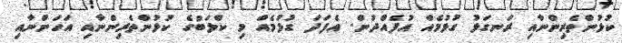
ކުޅުންތެރިންނާއި ރަނގަޅު ގުޅުމެއް އުފެއްދުން. އެފަދަ ގުޅުމެއް މި ކްލަބުގެ ކުޅުންތެރިންނާއި އަހަންނާއި